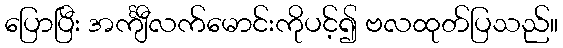
ပြောပြီး အင်္ကျီလက်မောင်းကိုပင့်၍ ဗလထုတ်ပြသည်။